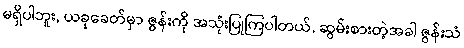
မရှိပါဘူး, ယခုခေတ်မှာ ဇွန်းကို အသုံးပြုကြပါတယ်, ဆွမ်းစားတဲ့အခါ ဇွန်းသံ